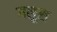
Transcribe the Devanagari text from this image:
गलुस